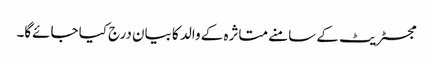
مجسٹریٹ کے سامنے متاثرہ کے والد کا بیان درج کیا جائے‌گا۔